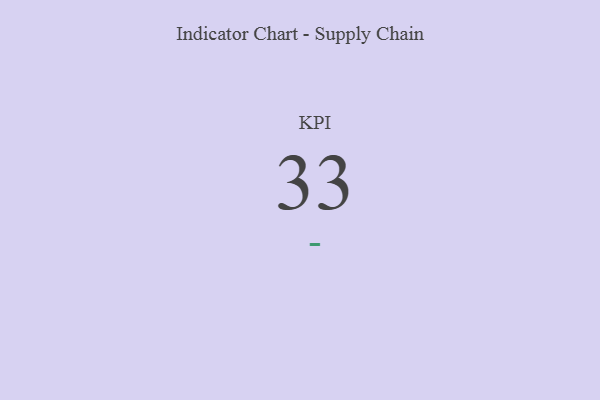
{"axis": {"x": "KPI", "y": "Value"}, "legend": [""], "data": [{"x": "KPI", "y": 33, "type": ""}]}